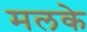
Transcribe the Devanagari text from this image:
मलके